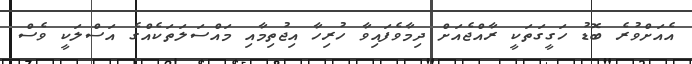
އެއަށްވުރެ ބޮޑު ހަގީގަތަކީ ރާއްޖެއަށް ދިމާވެފައިވާ ހުރިހާ އިޖުތިމާއި މައްސަލަތަކެއްގެ އަސްލަކީ ވެސް